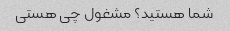
شما هستید؟ مشغول چی هستی